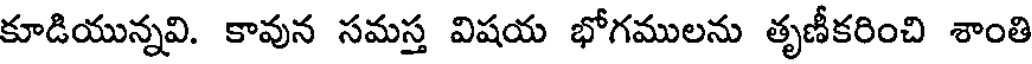
కూడియున్నవి. కావున సమస్త విషయ భోగములను తృణీకరించి శాంతి